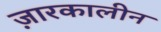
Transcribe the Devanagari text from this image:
ज़ारकालीन